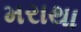
મરાથા